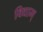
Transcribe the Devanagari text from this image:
विद्याम्